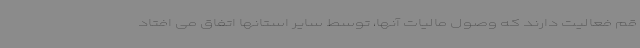
قم فعالیت دارند که وصول مالیات آنها، توسط سایر استانها اتفاق می افتاد